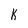
Character: k